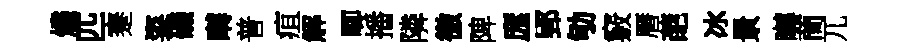
燼匹蹇粢磯囀普疽解唧播隣徼陴庬郢劬竅曆葩冰㬌囀蕳兀